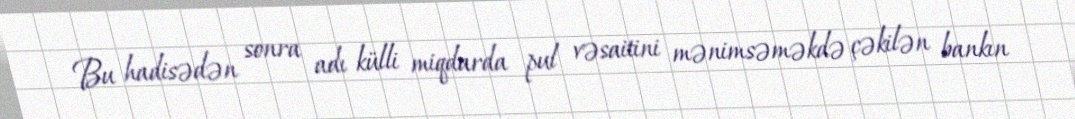
Bu hadisədən sonra adı külli miqdarda pul vəsaitini mənimsəməkdə çəkilən bankın